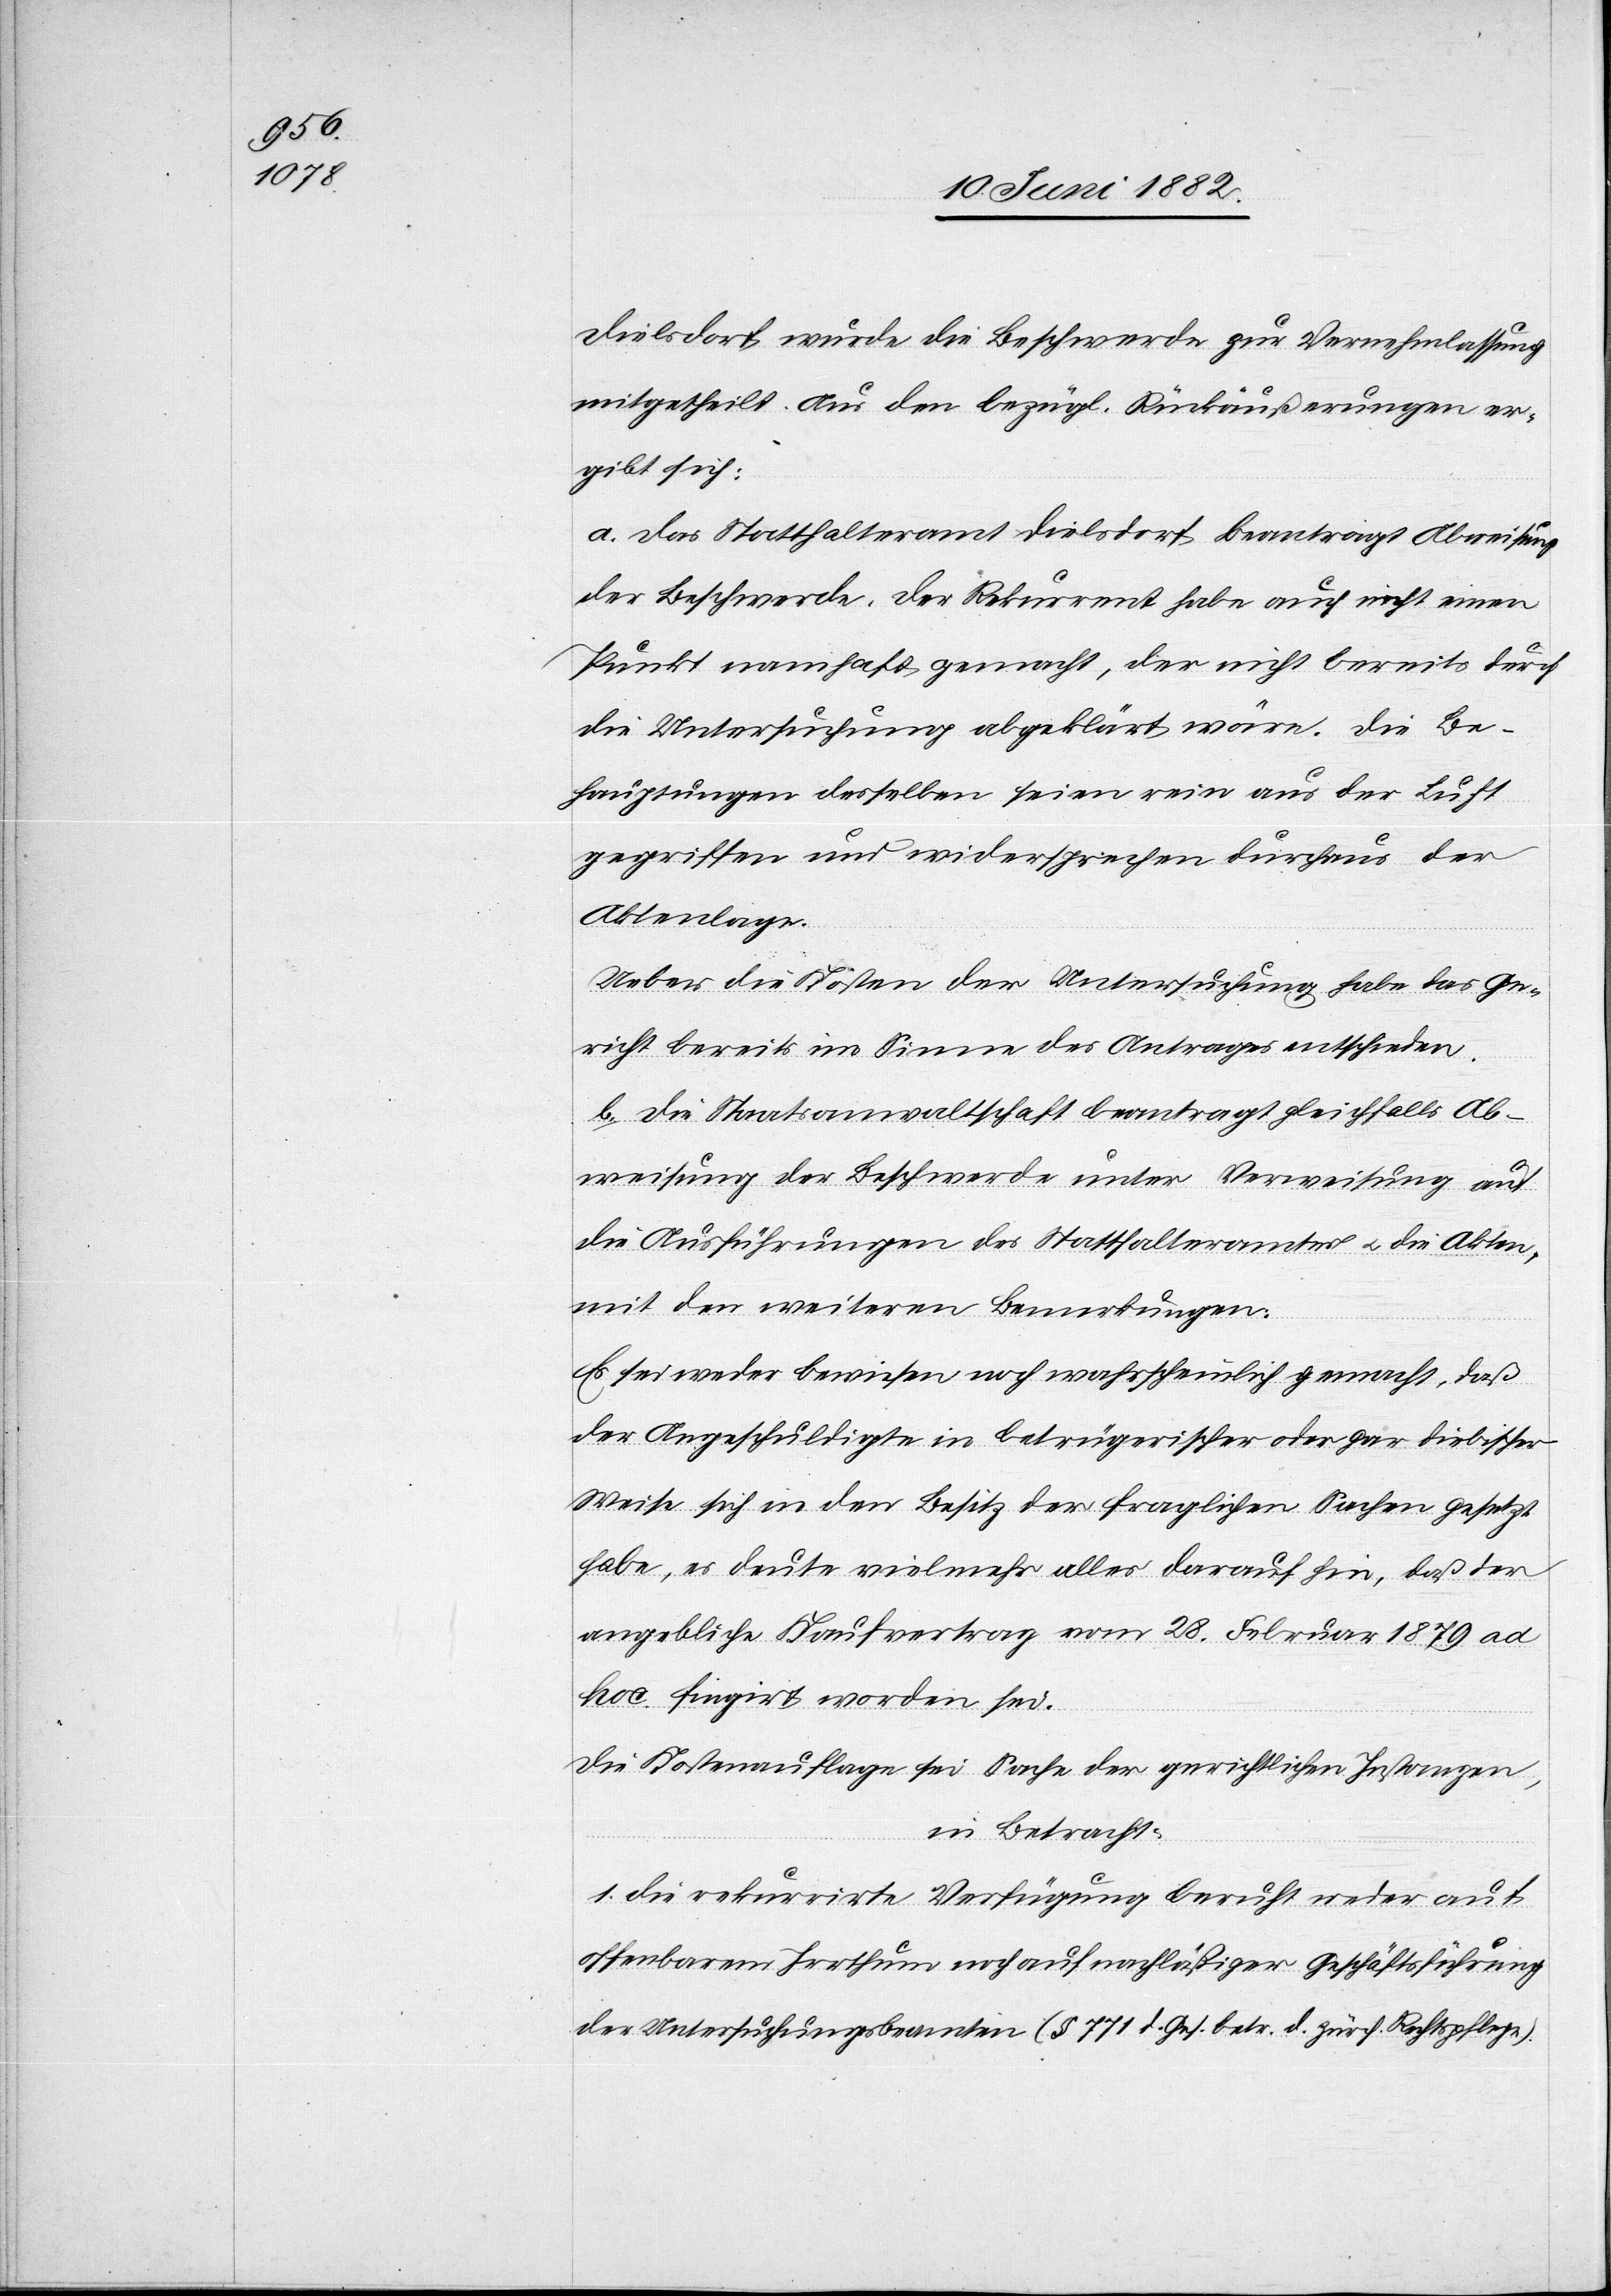
Dielsdorf wurde die Beschwerde zur Vernehmlassung
mitgetheilt. Aus den bezügl. Rückäußerungen er¬
gibt sich:
a. Das Statthalteramt Dielsdorf beantragt Abweisung
der Beschwerde, der Rekurrent habe nicht einen
Punkt namhaft gemacht, der nicht bereits durch
die Untersuchung abgeklärt wäre. Die Be¬
hauptungen desselben seien rein aus der Luft
gegriffen und widersprechen durchaus der
Aktenlage.
Ueber die Kosten der Untersuchung habe das Ge¬
richt bereits im Sinne des Antrages entschieden.
b. Die Staatsanwaltschaft beantragt gleichfalls Ab¬
weisung der Beschwerde unter Verweisung auf
die Ausführungen des Statthalteramtes u. die Akten,
mit den weitern Bemerkungen:
Es sei weder bewiesen noch wahrscheinlich gemacht, daß
der Angeschuldigte in betrügerischer oder gar diebischer
Weise sich in den Besitz der fraglichen Sachen gesetzt
habe, es deute vielmehr alles darauf hin, daß der
angebliche Kaufvertrag vom 28. Februar 1879 ad
hoc fingirt worden sei.
Die Kostenauflage sei Sache der gerichtlichen Instanzen,
in Betracht:
1. Die rekurrirte Verfügung beruht weder auf
offenbarem Irrthum noch auf nachläßiger Geschäftsführung
der Untersuchungsbeamten (§ 771 d. Ges. betr. d. zürch. Rechtspflege).